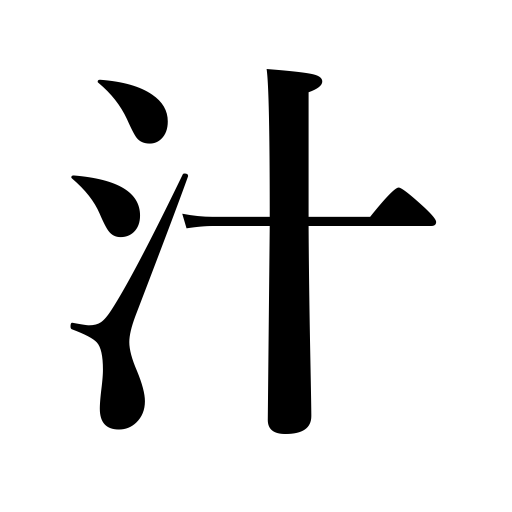
Meanings: pus,juice,soup,sap,broth,gravy